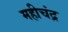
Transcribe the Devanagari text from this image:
महीचंद्र